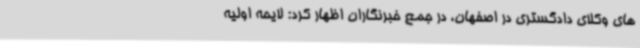
های وکلای دادگستری در اصفهان، در جمع خبرنگاران اظهار کرد: لایحه اولیه